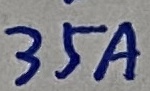
Text: 35A